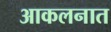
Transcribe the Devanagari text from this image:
आकलनात